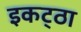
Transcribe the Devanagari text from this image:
इकट्‌ठा